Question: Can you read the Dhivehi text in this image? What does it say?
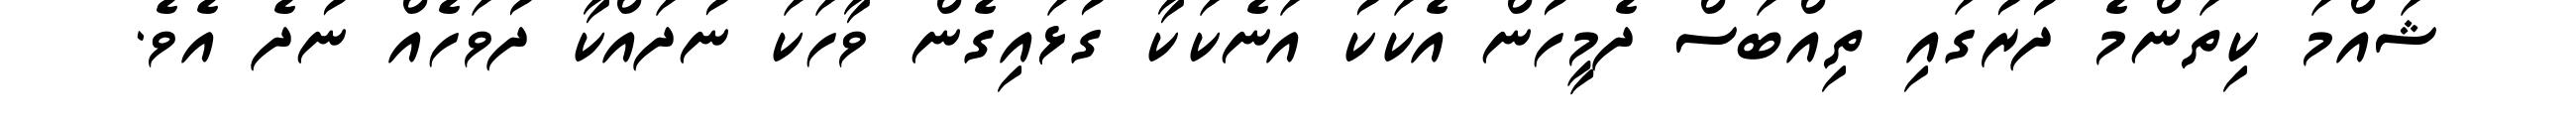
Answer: ޝައްމަ ކިތަންމެ ދުރުގައި ތިއްބަސް ދެމީހުން އެކަކު އަނެކަކާ ގުޅައިގެން ވާހަކަ ނުދައްކާ ދުވަހެއް ނުދެ އެވެ.